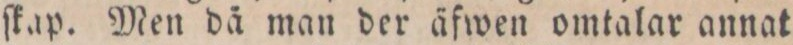
ſkap. Men då man der äfwen omtalar annat